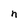
Character: n